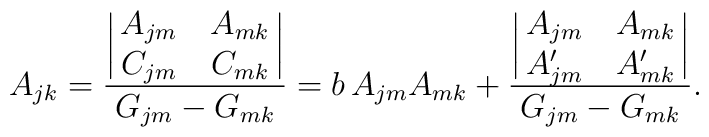
A_{jk}={{\biggl|\matrix{A_{jm}&A_{mk}\cr C_{jm}&C_{mk}\cr}\biggr|}\over           G_{jm}-G_{mk} }         =b\, A_{jm}A_{mk}+{{\biggl|\matrix{A_{jm}&A_{mk}\cr A\sp\prime_{jm}&A\sp\prime_{mk}\cr}\biggr|}\over G_{jm}-G_{mk} }.